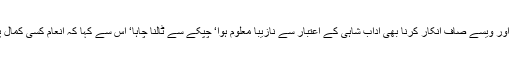
مگر عالمگیرؒ عالم دین تھے‘ اس کو کس مد سے دیتے اور ویسے صاف انکار کرنا بھی آداب شاہی کے اعتبار سے نازیبا معلوم ہوا‘ چپکے سے ٹالنا چاہا‘ اس سے کہا کہ انعام کسی کمال پرہوتا ہے‘ تمہارا کمال ہے کہ نا آشنا صورت میں آئو۔